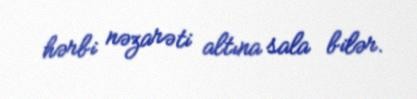
hərbi nəzarəti altına sala bilər.